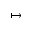
\mapsto